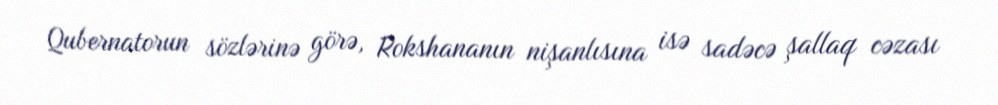
Qubernatorun sözlərinə görə, Rokshananın nişanlısına isə sadəcə şallaq cəzası